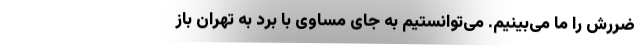
ضررش را ما می‌بینیم. می‌توانستیم به جای مساوی با برد به تهران باز